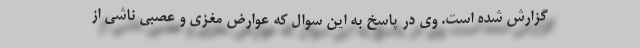
گزارش شده است. وی در پاسخ به این سوال که عوارض مغزی و عصبی ناشی از